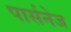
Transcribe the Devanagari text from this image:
पार्सनेज